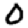
Digit: 0